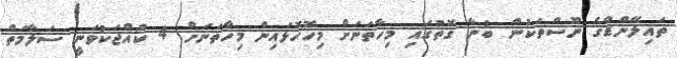
ތައިލޭންޑްގެ ނޫސްތަކުން ބުނާ ގޮތުގައި މިހާތަނަށް މިހޮހޮޅައިން މިހާތަނަށް 4 ކުއްޖަކުވަނީ ސަލާމަތް